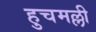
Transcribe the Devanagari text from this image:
हुचमल्ली